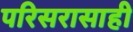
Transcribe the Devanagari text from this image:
परिसरासाही